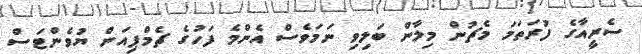
ސެރީއާގެ ފުރަތަމަ މެޗުން މިލާން ބަލިވި ނަމަވެސް އެންމެ ފަހުގެ ޗެމްޕިއަން ޔުވެންޓަސް